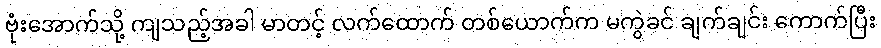
ဗုံးအောက်သို့ ကျသည့်အခါ မာတင့် လက်ထောက် တစ်ယောက်က မကွဲခင် ချက်ချင်း ကောက်ပြီး